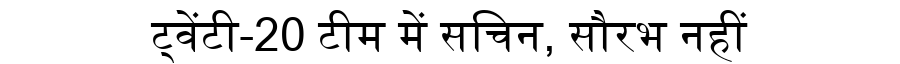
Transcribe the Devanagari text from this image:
ट्वेंटी-20 टीम में सचिन, सौरभ नहीं